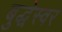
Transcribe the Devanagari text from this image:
बुद्धेस्वर